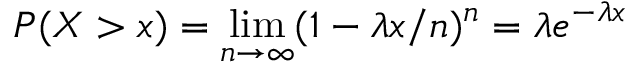
P ( X > x ) = \operatorname* { l i m } _ { n \to \infty } ( 1 - \lambda x / n ) ^ { n } = \lambda e ^ { - \lambda x }